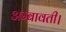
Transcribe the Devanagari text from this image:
अम्बावती।